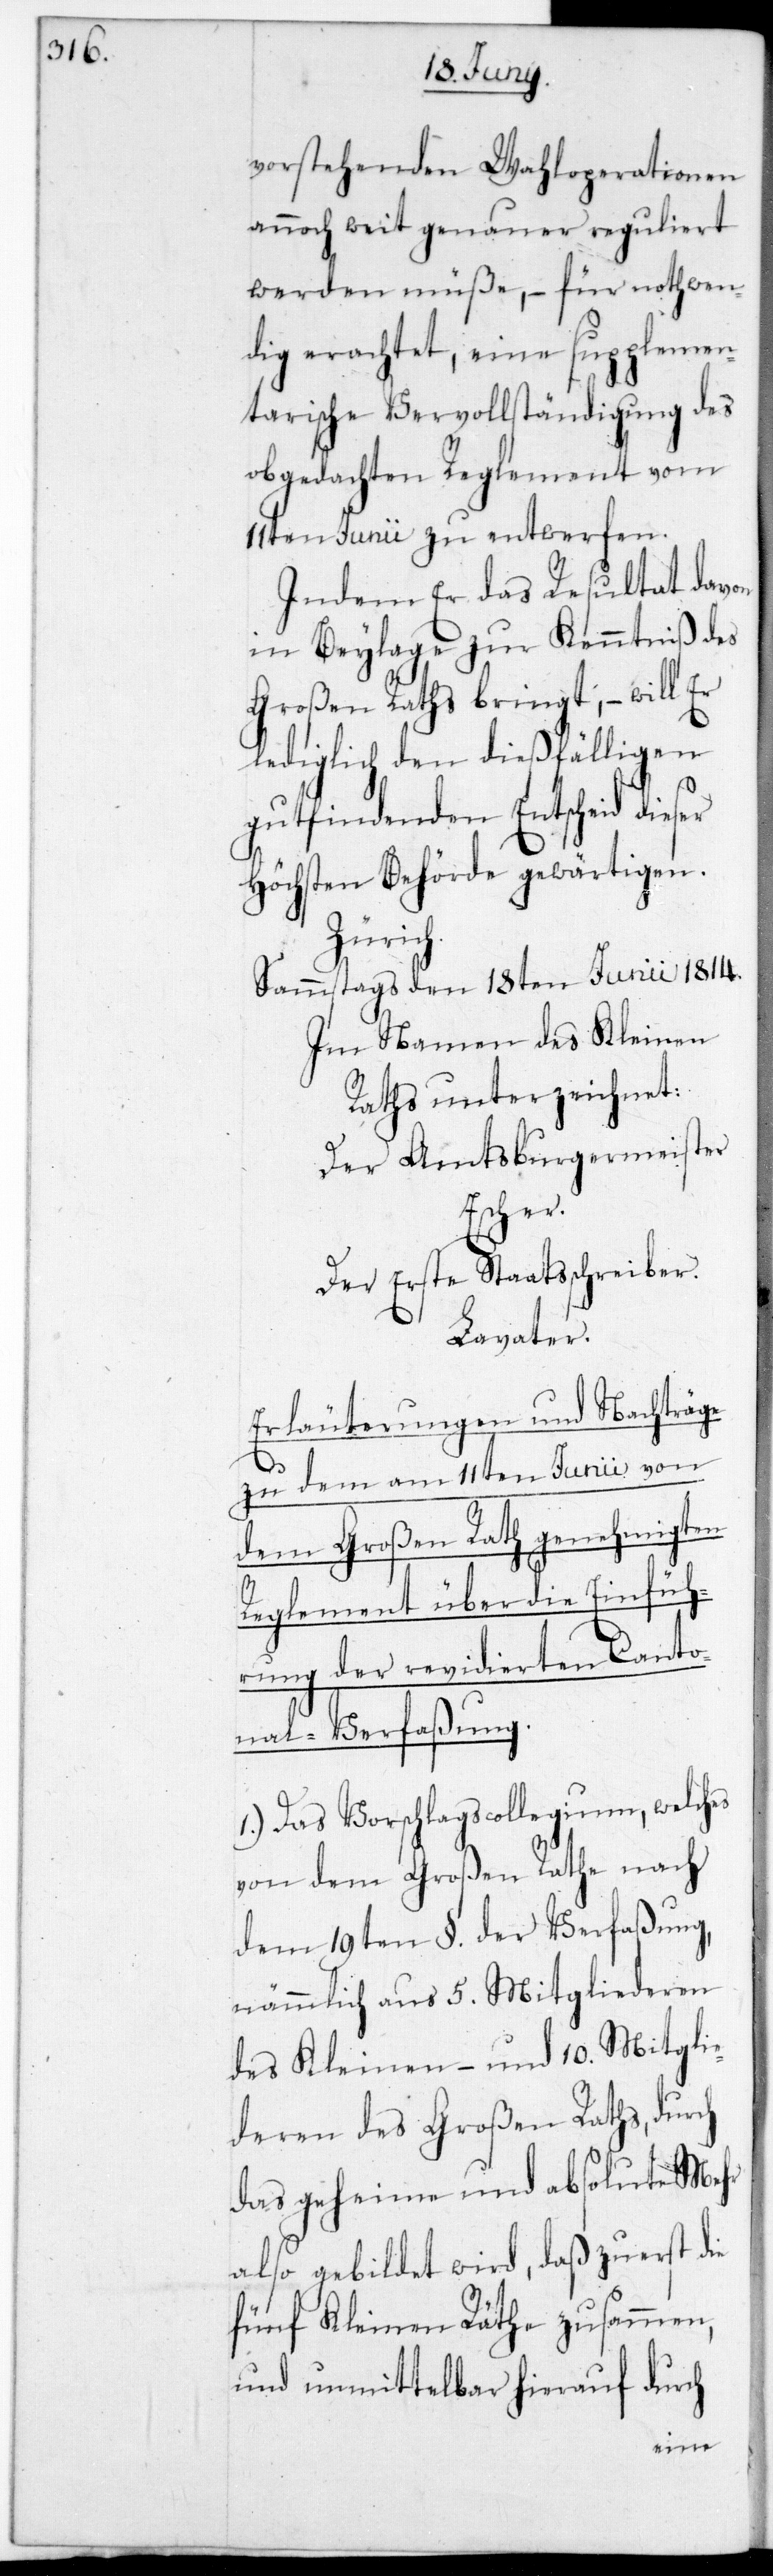
vorstehenden Wahloperationen
annoch weit genauer reguliert
werden müße, – für nothwen¬
dig erachtet, eine supplemen¬
tarische Vervollständigung des
obgedachten Reglement vom
11ten Junii zu entwerfen.
Indem er das Resultat davon
in Beylage zur Kenntniß des
Großen Raths bringt, – will
lediglich den dießfälligen
gut findenden Entscheid dieser
Höchsten Behörde gewärtigen.
Zürich.
Sammstags den 18ten Junii 1814.
Im Namen des Kleinen
Raths unterzeichnet:
Der Amtsburgermeister.
Escher.
Der Erste Staatsschreiber.
Lavater.
Erläuterungen und Nachträge
zu dem am 11ten Junii von
dem Großen Rath genehmigten
Reglement über die Einfüh¬
rung der revidierten Canto¬
nal-Verfaßung.
1.) Das Vorschlags-Collegium, welches
von dem Großen Rate nach
dem 19ten §. der Verfaßung,
nämmlich aus 5. Mitgliederen
des Kleinen und 10. Mitgli¬
ederen des Großen Raths, durch
das geheime und absolute Mehr
also gebildet wird, daß zuerst die
fünf Kleinen Räthe zusammen,
und unmittelbar hierauf durch